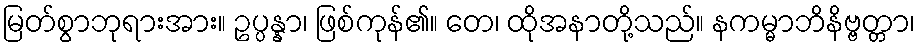
မြတ်စွာဘုရားအား။ ဥပ္ပန္နာ၊ ဖြစ်ကုန်၏။ တေ၊ ထိုအနာတို့သည်။ နကမ္မာဘိနိဗ္ဗတ္တာ၊